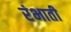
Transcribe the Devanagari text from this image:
रंभाती